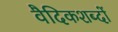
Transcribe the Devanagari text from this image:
वैदिकशब्दों